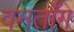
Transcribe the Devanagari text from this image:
वनताँग